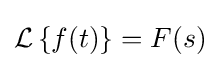
{\mathcal {L}}\left\{f(t)\right\}=F(s)